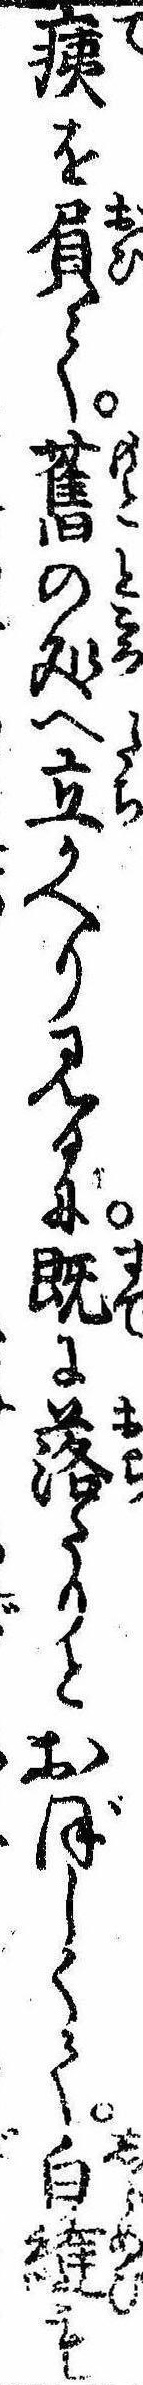
痍を屓て旧の処へ立かへり見るに既に落たりとおぼしくて白縫も